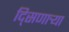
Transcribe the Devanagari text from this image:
दि्सणार्‍या